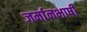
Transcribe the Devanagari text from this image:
जर्मानभाषी